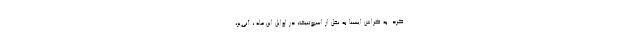
کرد. به گزاش ایسنا به نقل از اسپوتنیک، در اوایل این ماه ، آنی‌یز،